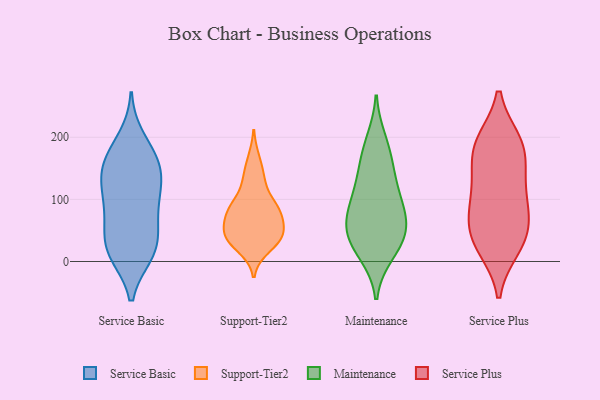
{"axis": {"x": "Conversion Rate (%)", "y": "Value"}, "legend": ["Maintenance", "Service Basic", "Service Plus", "Support-Tier2"], "data": [{"x": "", "y": 105, "type": "Service Basic"}, {"x": "", "y": 108, "type": "Service Basic"}, {"x": "", "y": 11, "type": "Service Basic"}, {"x": "", "y": 41, "type": "Service Basic"}, {"x": "", "y": 14, "type": "Service Basic"}, {"x": "", "y": 140, "type": "Service Basic"}, {"x": "", "y": 87, "type": "Service Basic"}, {"x": "", "y": 181, "type": "Service Basic"}, {"x": "", "y": 55, "type": "Service Basic"}, {"x": "", "y": 120, "type": "Service Basic"}, {"x": "", "y": 199, "type": "Service Basic"}, {"x": "", "y": 153, "type": "Service Basic"}, {"x": "", "y": 165, "type": "Service Basic"}, {"x": "", "y": 78, "type": "Service Basic"}, {"x": "", "y": 42, "type": "Service Basic"}, {"x": "", "y": 143, "type": "Service Basic"}, {"x": "", "y": 12, "type": "Service Basic"}, {"x": "", "y": 11, "type": "Service Basic"}, {"x": "", "y": 156, "type": "Service Basic"}, {"x": "", "y": 40, "type": "Support-Tier2"}, {"x": "", "y": 89, "type": "Support-Tier2"}, {"x": "", "y": 38, "type": "Support-Tier2"}, {"x": "", "y": 48, "type": "Support-Tier2"}, {"x": "", "y": 131, "type": "Support-Tier2"}, {"x": "", "y": 49, "type": "Support-Tier2"}, {"x": "", "y": 22, "type": "Support-Tier2"}, {"x": "", "y": 86, "type": "Support-Tier2"}, {"x": "", "y": 35, "type": "Support-Tier2"}, {"x": "", "y": 73, "type": "Support-Tier2"}, {"x": "", "y": 93, "type": "Support-Tier2"}, {"x": "", "y": 134, "type": "Support-Tier2"}, {"x": "", "y": 36, "type": "Support-Tier2"}, {"x": "", "y": 72, "type": "Support-Tier2"}, {"x": "", "y": 81, "type": "Support-Tier2"}, {"x": "", "y": 165, "type": "Support-Tier2"}, {"x": "", "y": 45, "type": "Maintenance"}, {"x": "", "y": 194, "type": "Maintenance"}, {"x": "", "y": 151, "type": "Maintenance"}, {"x": "", "y": 51, "type": "Maintenance"}, {"x": "", "y": 21, "type": "Maintenance"}, {"x": "", "y": 13, "type": "Maintenance"}, {"x": "", "y": 76, "type": "Maintenance"}, {"x": "", "y": 172, "type": "Maintenance"}, {"x": "", "y": 40, "type": "Maintenance"}, {"x": "", "y": 91, "type": "Maintenance"}, {"x": "", "y": 67, "type": "Maintenance"}, {"x": "", "y": 108, "type": "Maintenance"}, {"x": "", "y": 123, "type": "Maintenance"}, {"x": "", "y": 192, "type": "Service Plus"}, {"x": "", "y": 174, "type": "Service Plus"}, {"x": "", "y": 24, "type": "Service Plus"}, {"x": "", "y": 67, "type": "Service Plus"}, {"x": "", "y": 150, "type": "Service Plus"}, {"x": "", "y": 50, "type": "Service Plus"}, {"x": "", "y": 135, "type": "Service Plus"}, {"x": "", "y": 193, "type": "Service Plus"}, {"x": "", "y": 79, "type": "Service Plus"}, {"x": "", "y": 95, "type": "Service Plus"}, {"x": "", "y": 193, "type": "Service Plus"}, {"x": "", "y": 107, "type": "Service Plus"}, {"x": "", "y": 22, "type": "Service Plus"}, {"x": "", "y": 36, "type": "Service Plus"}]}